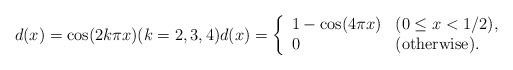
LaTeX: \begin{align*} d(x) = \cos(2k\pi x) ( k = 2,3,4) d(x) = \left\{ \begin{array}{ll} 1 - \cos(4\pi x) & ( 0 \le x < 1/2), \\0 & (\hbox{otherwise}). \end{array} \right.\end{align*}